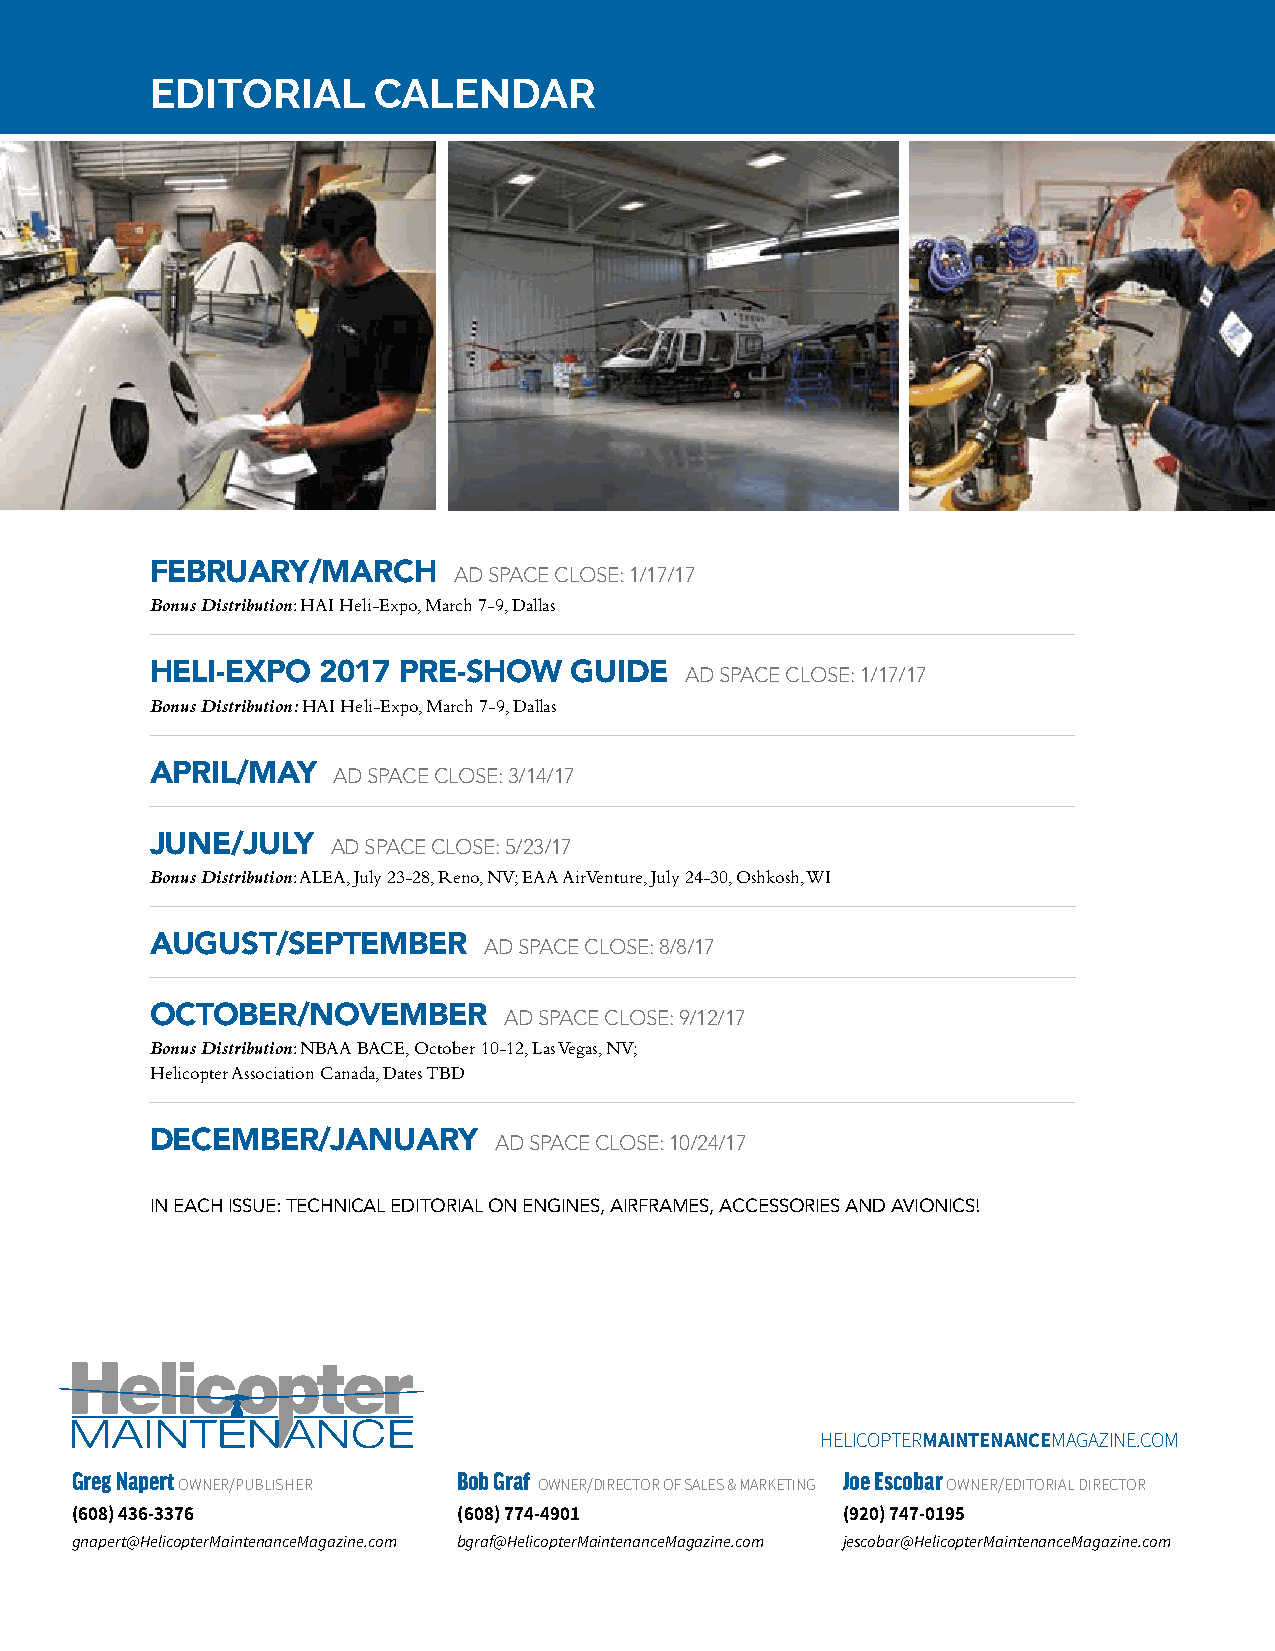
EDITORIAL      CALENDAR
 FEBRUARY/MARCH
 AD SPACE CLOSE: 1/17/17
 Bonus Distribution: HAI Heli-Expo, March 7-9, Dallas
 HELI-EXPO  2017 PRE-SHOW    GUIDE
 AD SPACE CLOSE: 1/17/17
 Bonus Distribution: HAI Heli-Expo, March 7-9, Dallas
 APRIL/MAY
 AD SPACE CLOSE: 3/14/17
 JUNE/JULY
 AD SPACE CLOSE: 5/23/17
 Bonus Distribution: ALEA, July 23-28, Reno, NV; EAA AirVenture, July 24-30, Oshkosh, WI
 AUGUST/SEPTEMBER
 AD SPACE CLOSE: 8/8/17
 OCTOBER/NOVEMBER
 AD SPACE CLOSE: 9/12/17
 Bonus Distribution: NBAA BACE, October 10-12, Las Vegas, NV;
 Helicopter Association Canada, Dates TBD
 DECEMBER/JANUARY
 AD SPACE CLOSE: 10/24/17
 IN EACH ISSUE: TECHNICAL EDITORIAL ON ENGINES, AIRFRAMES, ACCESSORIES AND AVIONICS!
 HELICOPTERMAINTENANCEMAGAZINE.COM
 Greg Napert              Bob Graf                  Joe Escobar
 OWNER/PUBLISHER         OWNER/DIRECTOR OF SALES & MARKETING OWNER/EDITORIAL DIRECTOR
 (608) 436-3376           (608) 774-4901            (920) 747-0195
 gnapert@HelicopterMaintenanceMagazine.com bgraf@HelicopterMaintenanceMagazine.com jescobar@HelicopterMaintenanceMagazine.com